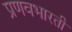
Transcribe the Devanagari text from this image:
प्रणवभारती